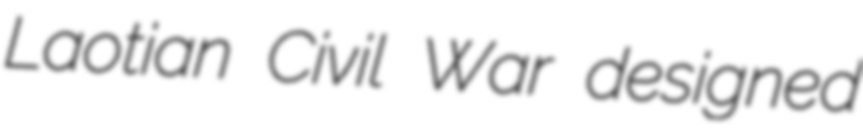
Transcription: Laotian Civil War designed